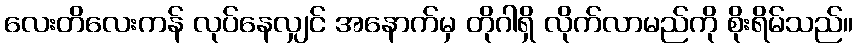
လေးတိလေးကန် လုပ်နေလျှင် အနောက်မှ တိုဂါရှိ လိုက်လာမည်ကို စိုးရိမ်သည်။